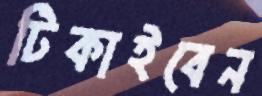
টিকাইবেন